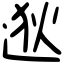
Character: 逖